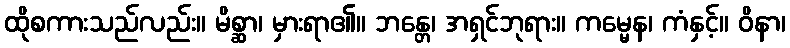
ထိုစကားသည်လည်း။ မိစ္ဆာ၊ မှားရာ၏။ ဘန္တေ၊ အရှင်ဘုရား။ ကမ္မေန၊ ကံနှင့်။ ဝိနာ၊